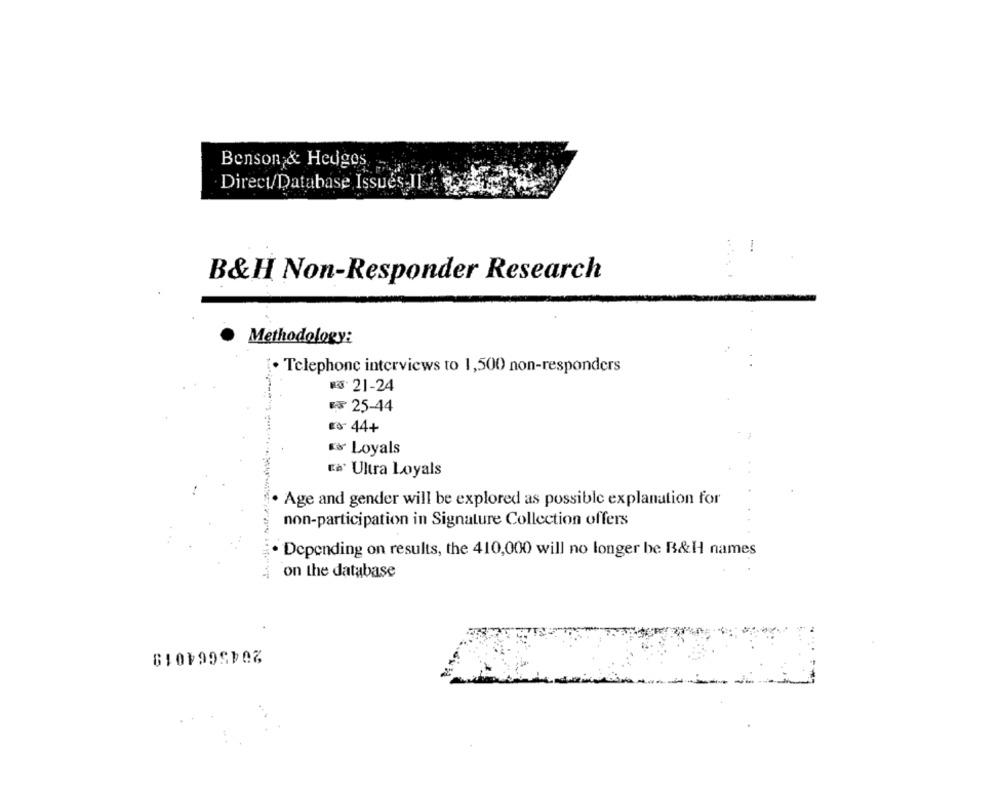
Benson & Hedges
Direct/Database Issues IL 2 00
B&H Non-Responder Research
Methodology:
· Telephone interviews to 1,500 non-responders
R:21-24
5 25-44
Es 44+
Loyals
Eà' Ultra Loyals
· Age and gender will be explored as possible explanation for
non-participation in Signature Collection offers
. Depending on results, the 410,000 will no longer be B&H names
on the database
2045664019